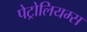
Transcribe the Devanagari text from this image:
पेट्रोलियम्स